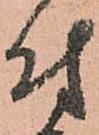
付